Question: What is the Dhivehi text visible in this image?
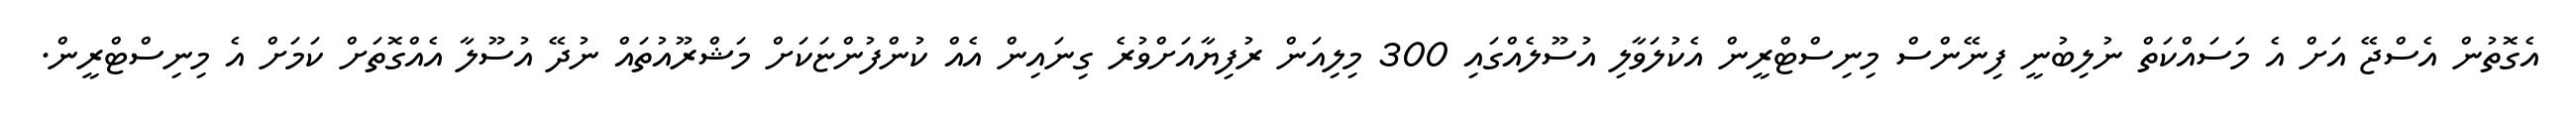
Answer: އެގޮތުން އެސްޖޭ އަށް އެ މަސައްކަތް ނުލިބުނީ ފިނޭންސް މިނިސްޓްރީން އެކުލަވާލި އުސޫލެއްގައި 300 މިލިއަން ރުފިޔާއަށްވުރެ ގިނައިން އެއް ކުންފުންޏަކަށް މަޝްރޫއުތައް ނުދޭ އުސޫލާ އެއްގޮތަށް ކަމަށް އެ މިނިސްޓްރީން.